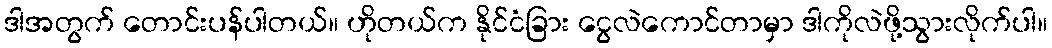
ဒါအတွက် တောင်းပန်ပါတယ်။ ဟိုတယ်က နိုင်ငံခြား ငွေလဲကောင်တာမှာ ဒါကိုလဲဖို့သွားလိုက်ပါ။